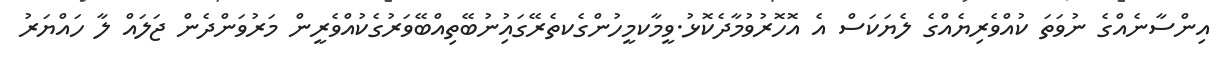
އިންސާނެއްގެ ނުވަތަ ކުއްވެރިޔެއްގެ ލެޔަކަސް އެ އޮހޮރުވުމާދެކޮޅު.ވީމާކމީހުންގެކތެރޭގައިުނުބޭތިއްބޭވަރުގެކުއްވެރީން މަރުވަންދެން ޖަލައް ލާ ހައްޔަރު